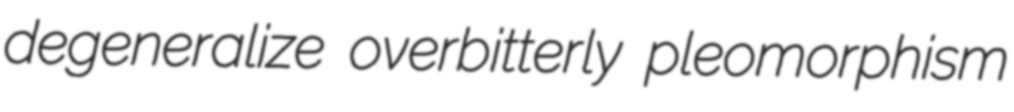
degeneralize overbitterly pleomorphism